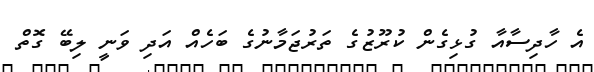
އެ ހާދިސާއާ ގުޅިގެން ކުރޫޒުގެ ތަރުޖަމާނުގެ ބަހެއް އަދި ވަނީ ލިބޭ ގޮތް